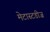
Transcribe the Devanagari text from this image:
मेटास्टडीज